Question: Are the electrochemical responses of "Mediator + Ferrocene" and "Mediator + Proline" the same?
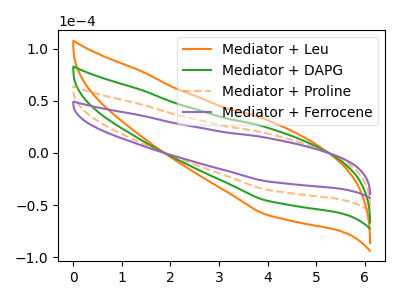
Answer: <think>The orange curve "Mediator + Leu" has no peaks. The green curve "Mediator + DAPG" has no peaks. The orange dashed curve "Mediator + Proline" has no peaks. The purple curve "Mediator + Ferrocene" has no peaks.
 Neither "Mediator + Ferrocene" or "Mediator + Proline" have any peaks.</think>
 <answer>"Mediator + Ferrocene" and "Mediator + Proline" are similar in shape.</answer>
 <eval>same_shape</eval>